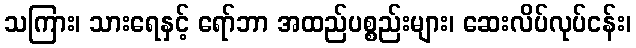
သကြား၊ သားရေနှင့် ရော်ဘာ အထည်ပစ္စည်းများ၊ ဆေးလိပ်လုပ်ငန်း၊